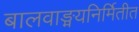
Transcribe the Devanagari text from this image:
बालवाङ्मयनिर्मितीत